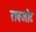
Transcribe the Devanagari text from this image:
राबजोट